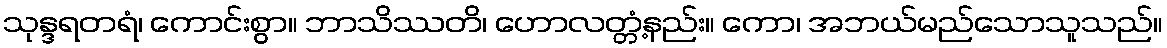
သုန္ဒရတရံ၊ ကောင်းစွာ။ ဘာသိဿတိ၊ ဟောလတ္တံ့နည်း။ ကော၊ အဘယ်မည်သောသူသည်။